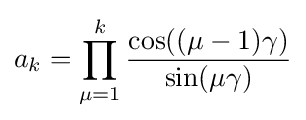
a_{k}=\prod _{\mu =1}^{k}{\frac {\cos((\mu -1)\gamma )}{\sin(\mu \gamma )}}